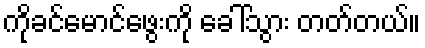
ကိုခင်မောင်ဖွေးကို ခေါ်သွား တတ်တယ်။